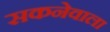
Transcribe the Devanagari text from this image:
सकनेवाला